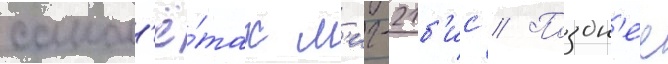
самол'ё́тах м'иг-21б'ис // Поздн'ее